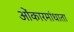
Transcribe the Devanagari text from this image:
ओंकारमांधाता